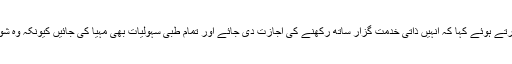
آصف زرداری نے نیب حوالات میں اضافی سہولیات کی درخواست دائر کرتے ہوئے کہا کہ انہیں ذاتی خدمت گزار ساتھ رکھنے کی اجازت دی جائے اور تمام طبی سہولیات بھی مہیا کی جائیں کیونکہ وہ شوگر کے مریض ہیں اور انہیں بعض أوقات سہارے کی ضرورت ہوتی ہے۔